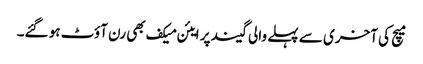
میچ کی آخری سے پہلے والی گیند پر ایئن میکف بھی رن آؤٹ ہو گئے۔